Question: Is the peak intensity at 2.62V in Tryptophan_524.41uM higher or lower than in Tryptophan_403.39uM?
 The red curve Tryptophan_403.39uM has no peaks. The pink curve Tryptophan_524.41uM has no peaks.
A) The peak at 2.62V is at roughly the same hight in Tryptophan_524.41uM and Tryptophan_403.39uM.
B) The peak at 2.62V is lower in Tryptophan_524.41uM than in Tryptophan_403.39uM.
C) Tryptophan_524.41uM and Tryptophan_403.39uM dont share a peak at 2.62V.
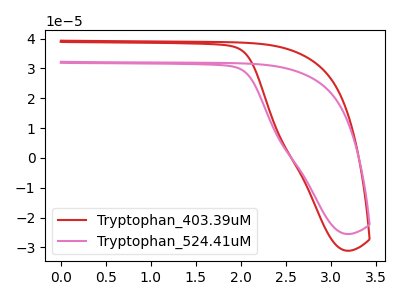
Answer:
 <answer>C) "Tryptophan_524.41uM" and "Tryptophan_403.39uM" dont share a peak at 2.62V.</answer>
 <eval>C</eval>